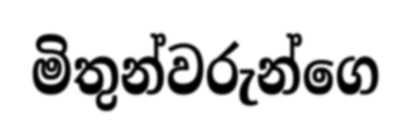
මිතුන්වරුන්ගෙ